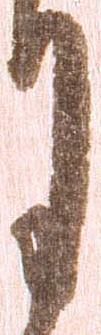
月